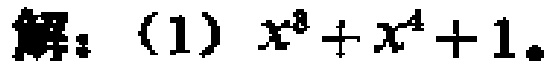
解：（1）\(x^{8}+x^{4}+1\)